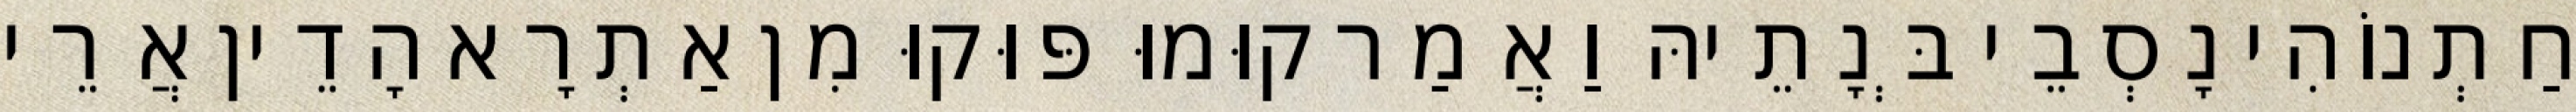
חַתְנוֹהִי נָסְבֵי בְּנָתֵיהּ וַאֲמַר קוּמוּ פּוּקוּ מִן אַתְרָא הָדֵין אֲרֵי